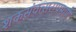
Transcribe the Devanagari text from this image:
शकसंवत्सराप्रमाणे